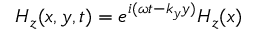
H _ { z } ( x , y , t ) = e ^ { i ( \omega t - k _ { y } y ) } H _ { z } ( x )